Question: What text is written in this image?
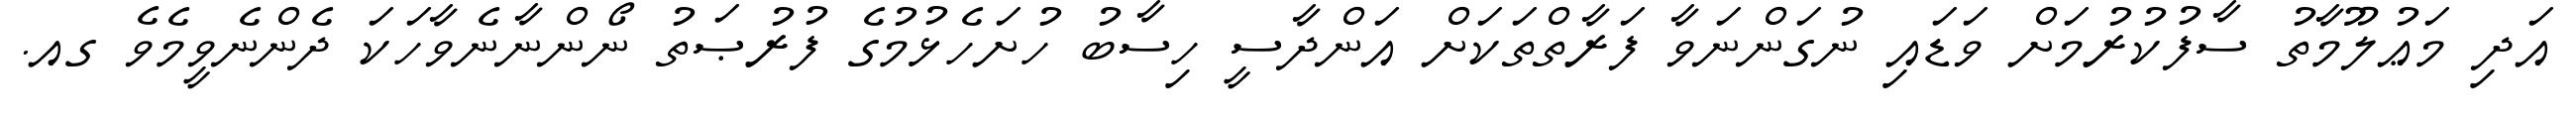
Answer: އަދި މަޢުލޫމާތު ސާފުކުރުމަށް ވަޑައި ނުގަންނަވާ ފަރާތްތަކަށް އަންދާސީ ހިސާބު ހުށަހެޅުމުގެ ފުރުޞަތު ނޯންނާނެވާހަކަ ދެންނެވީމެވެ ގއ.